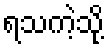
ရသကဲ့သို့